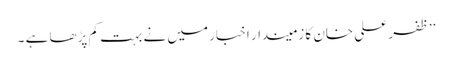
’’ظفر علی خان کا زمیندار اخبار میں نے بہت کم پڑھا ہے ۔